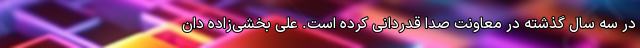
در سه سال گذشته در معاونت صدا قدردانی کرده است. علی بخشی‌زاده دان